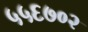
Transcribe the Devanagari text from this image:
५५६७०२